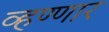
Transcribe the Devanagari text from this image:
व्हण्णार